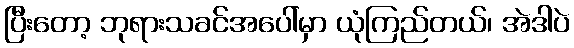
ပြီးတော့ ဘုရားသခင်အပေါ်မှာ ယုံကြည်တယ်၊ အဲဒါပဲ